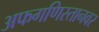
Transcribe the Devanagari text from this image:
अफगणिस्तानवर